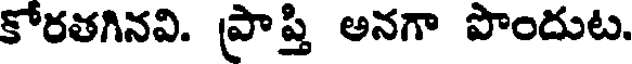
కోరతగినవి. ప్రాప్తి అనగా పొందుట.